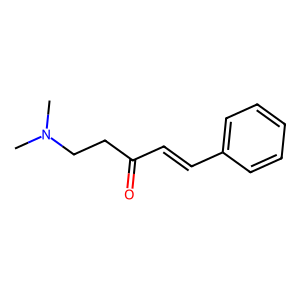
SMILES: CN(C)CCC(=O)C=Cc1ccccc1
Inhibits HIV replication: No